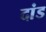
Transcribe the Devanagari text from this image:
दांड